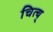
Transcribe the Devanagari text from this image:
चित्य्